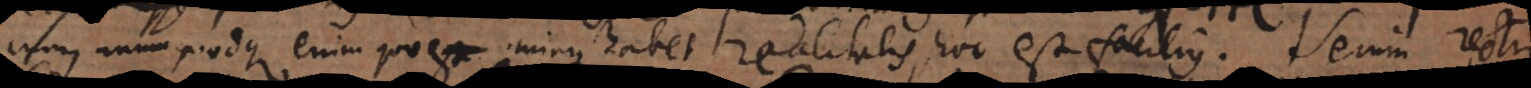
unumquodque enim quo est minus habet realitatis, hoc est facilius. Verum rectius